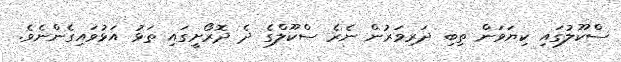
ސްކޫލުގައި ކިޔަވަން ތިބި ދަރިވަރުން ނެރެ ސްކޫލްގެ ދެ ދޮރޯށީގައި ތަޅު އަޅުވައިގެންނެވެ.